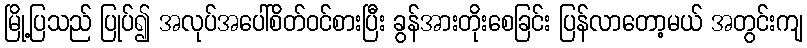
မြို့ပြသည် ပြုပ်၍ အလုပ်အပေါ်စိတ်ဝင်စားပြီး ခွန်အားတိုးစေခြင်း ပြန်လာတော့မယ် အတွင်းကျ